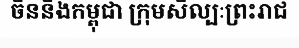
ចិននិងកម្ពុជា ក្រុមសិល្បៈព្រះរាជ